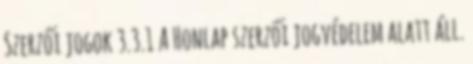
Szerzői jogok 3.3.1 A Honlap szerzői jogvédelem alatt áll.